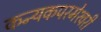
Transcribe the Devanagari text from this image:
कन्‍यकपरमेश्‍वरी